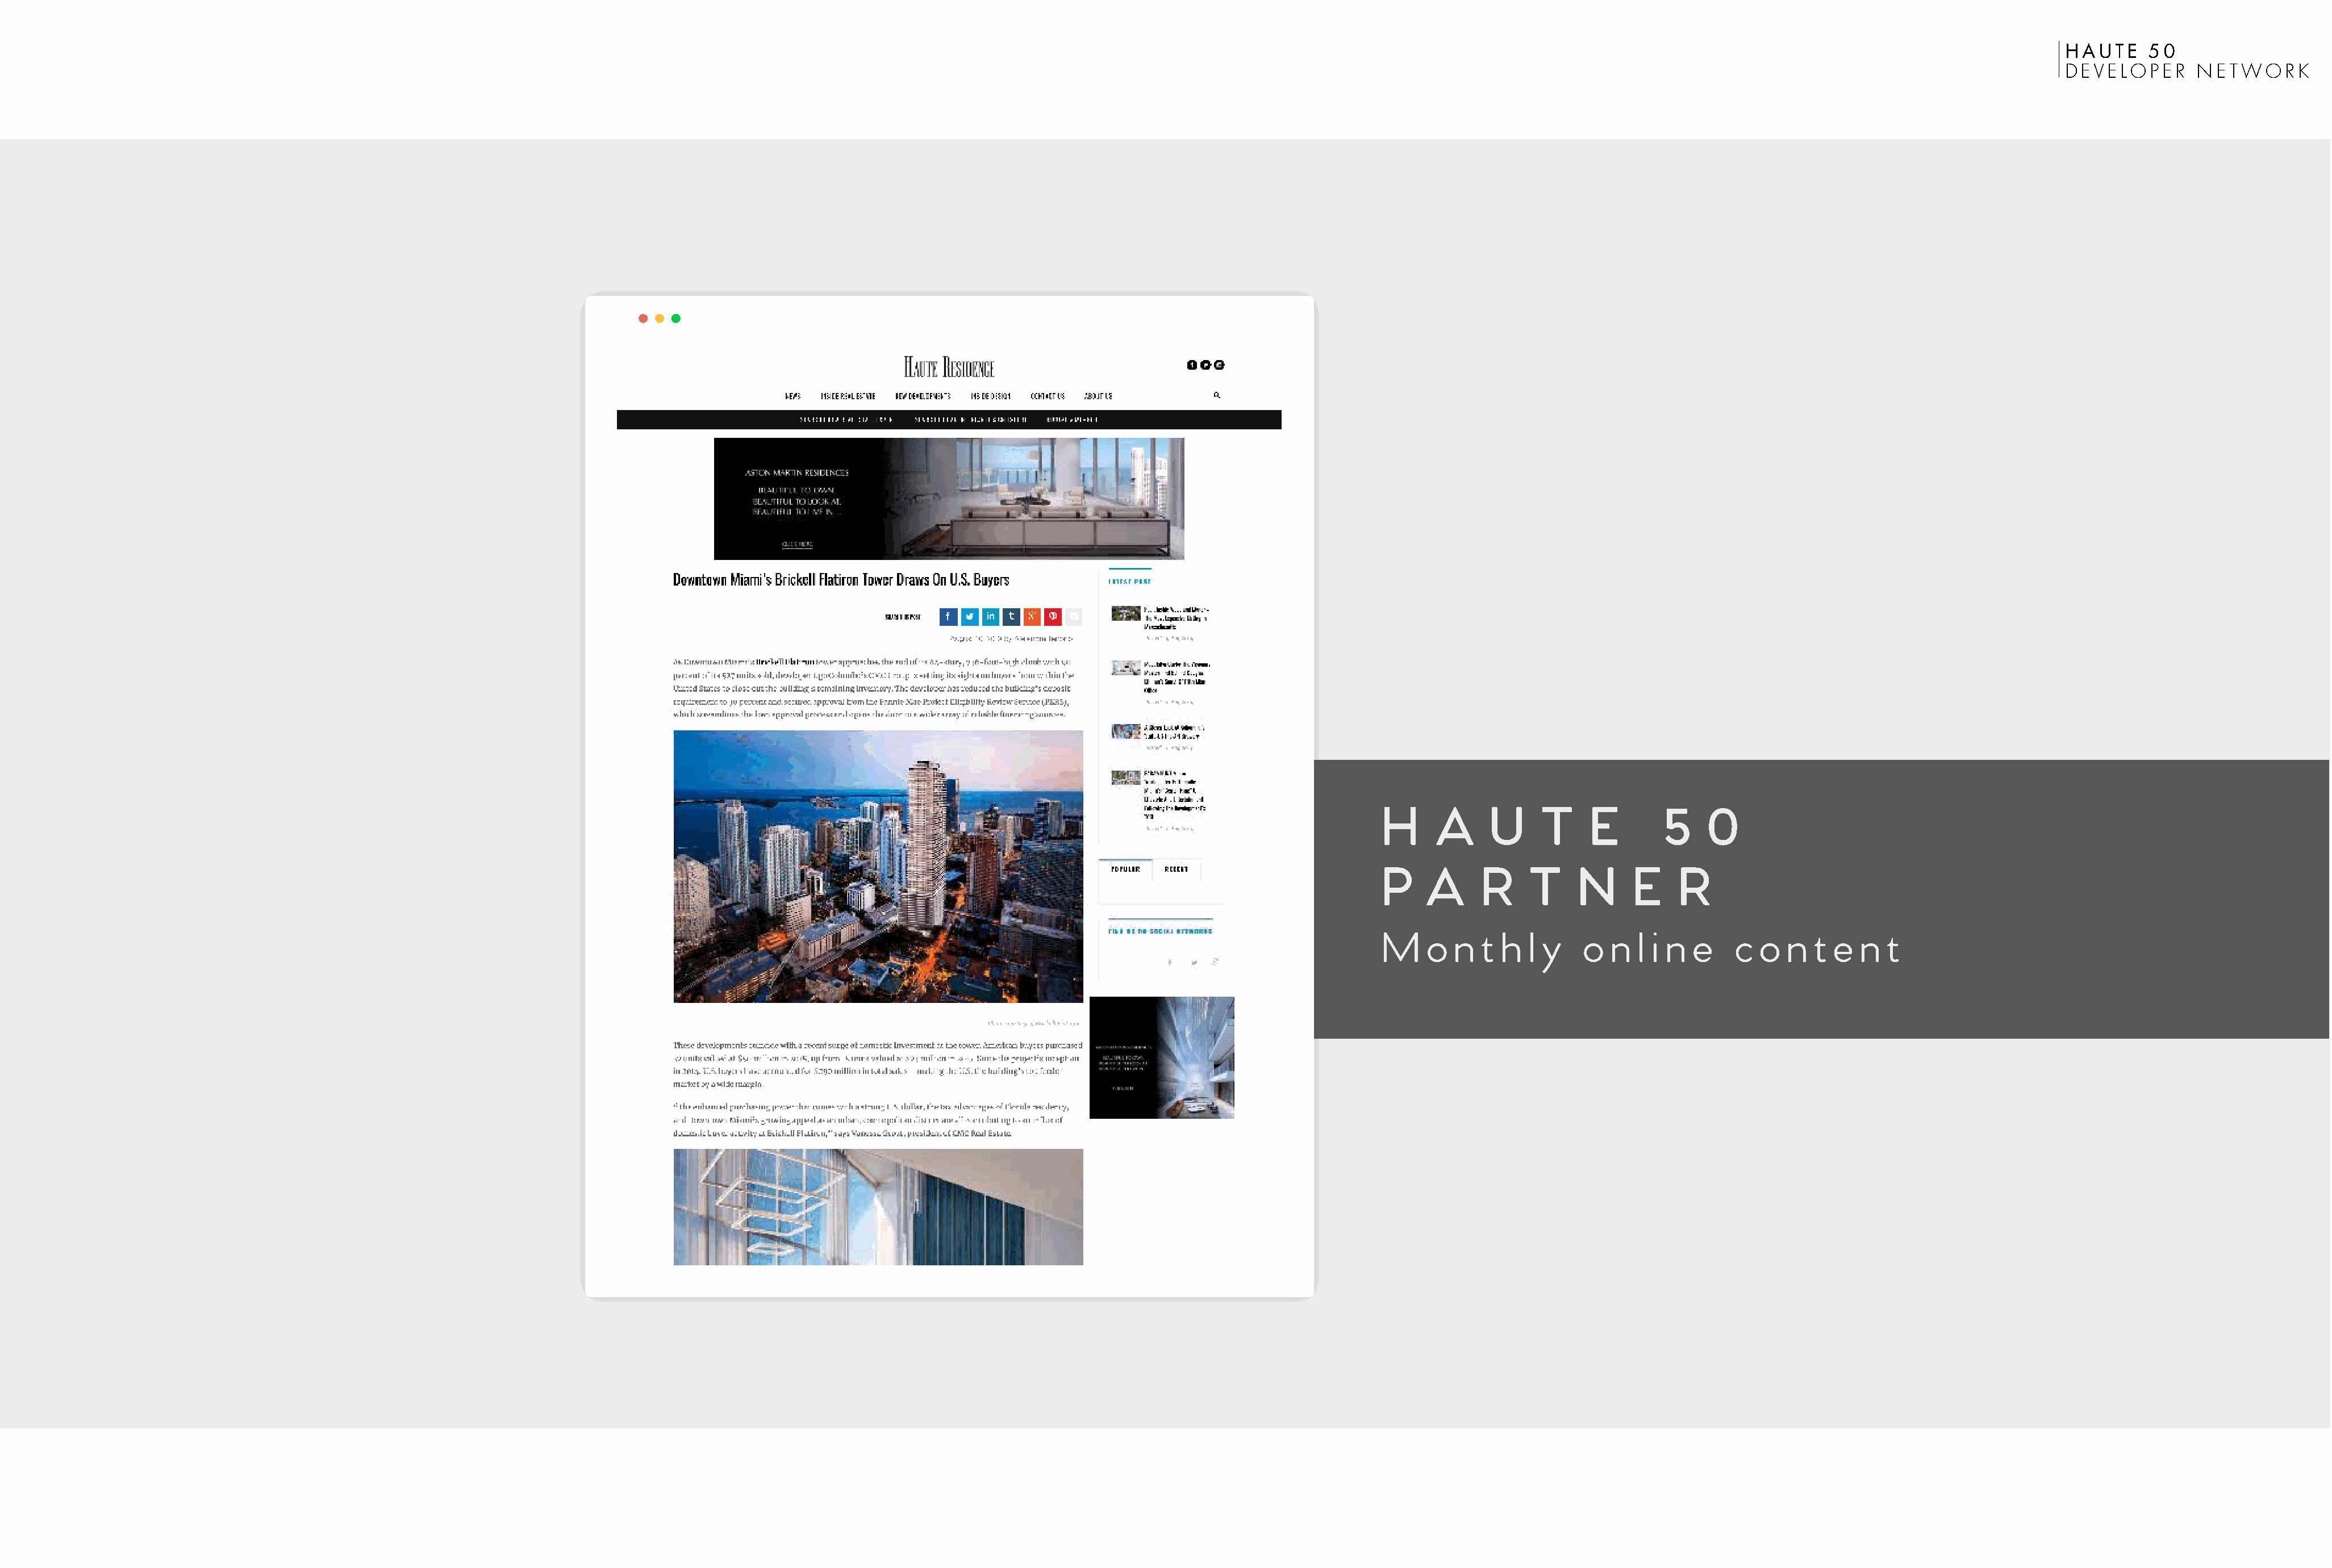
HAUTE    50
 DEVELOPER      NETWORK
 H     A     U     T     E        5    0
 P    A      R    T     N     E     R
 M    o  n  t  h  l y   o   n  l i n e    c  o  n  t  e  n  t